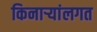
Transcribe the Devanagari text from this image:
किनाऱ्यांलगत